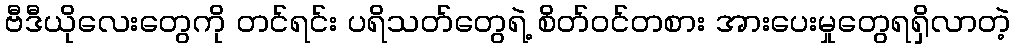
ဗီဒီယိုလေးတွေကို တင်ရင်း ပရိသတ်တွေရဲ့ စိတ်ဝင်တစား အားပေးမှုတွေရရှိလာတဲ့